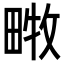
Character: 𤲧